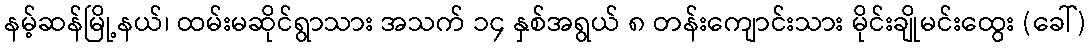
နမ့်ဆန်မြို့နယ်၊ ထမ်းမဆိုင်ရွာသား အသက် ၁၄ နှစ်အရွယ် ၈ တန်းကျောင်းသား မိုင်းချိုမင်းထွေး (ခေါ်)